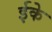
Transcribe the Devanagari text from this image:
ईके